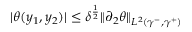
\begin{array} { r } { | \theta ( y _ { 1 } , y _ { 2 } ) | \leq \delta ^ { \frac { 1 } { 2 } } \| \partial _ { 2 } \theta \| _ { L ^ { 2 } ( \gamma ^ { - } , \gamma ^ { + } ) } } \end{array}